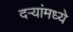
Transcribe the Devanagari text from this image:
दर्‍यांमध्ये